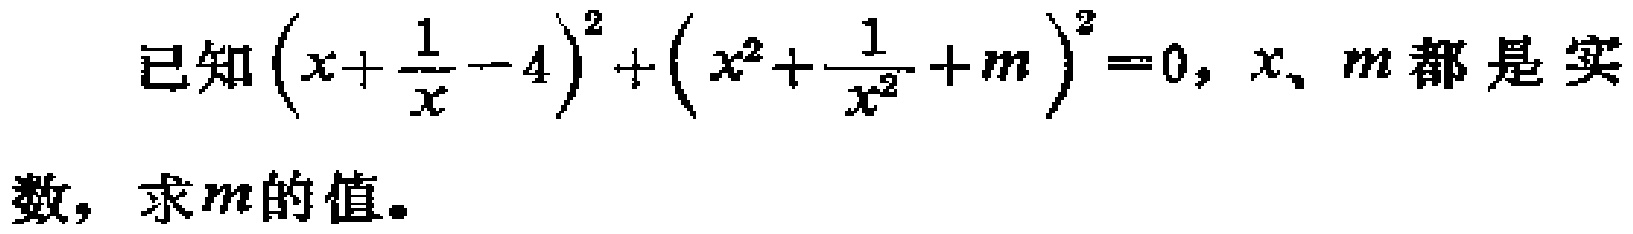
已知\((x+\frac{1}{x}-4)^2+(x^2+\frac{1}{x^2}+m)^2 = 0\)，\(x、m\)都是实数，求\(m\)的值。